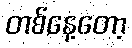
တစ်နေ့တော့